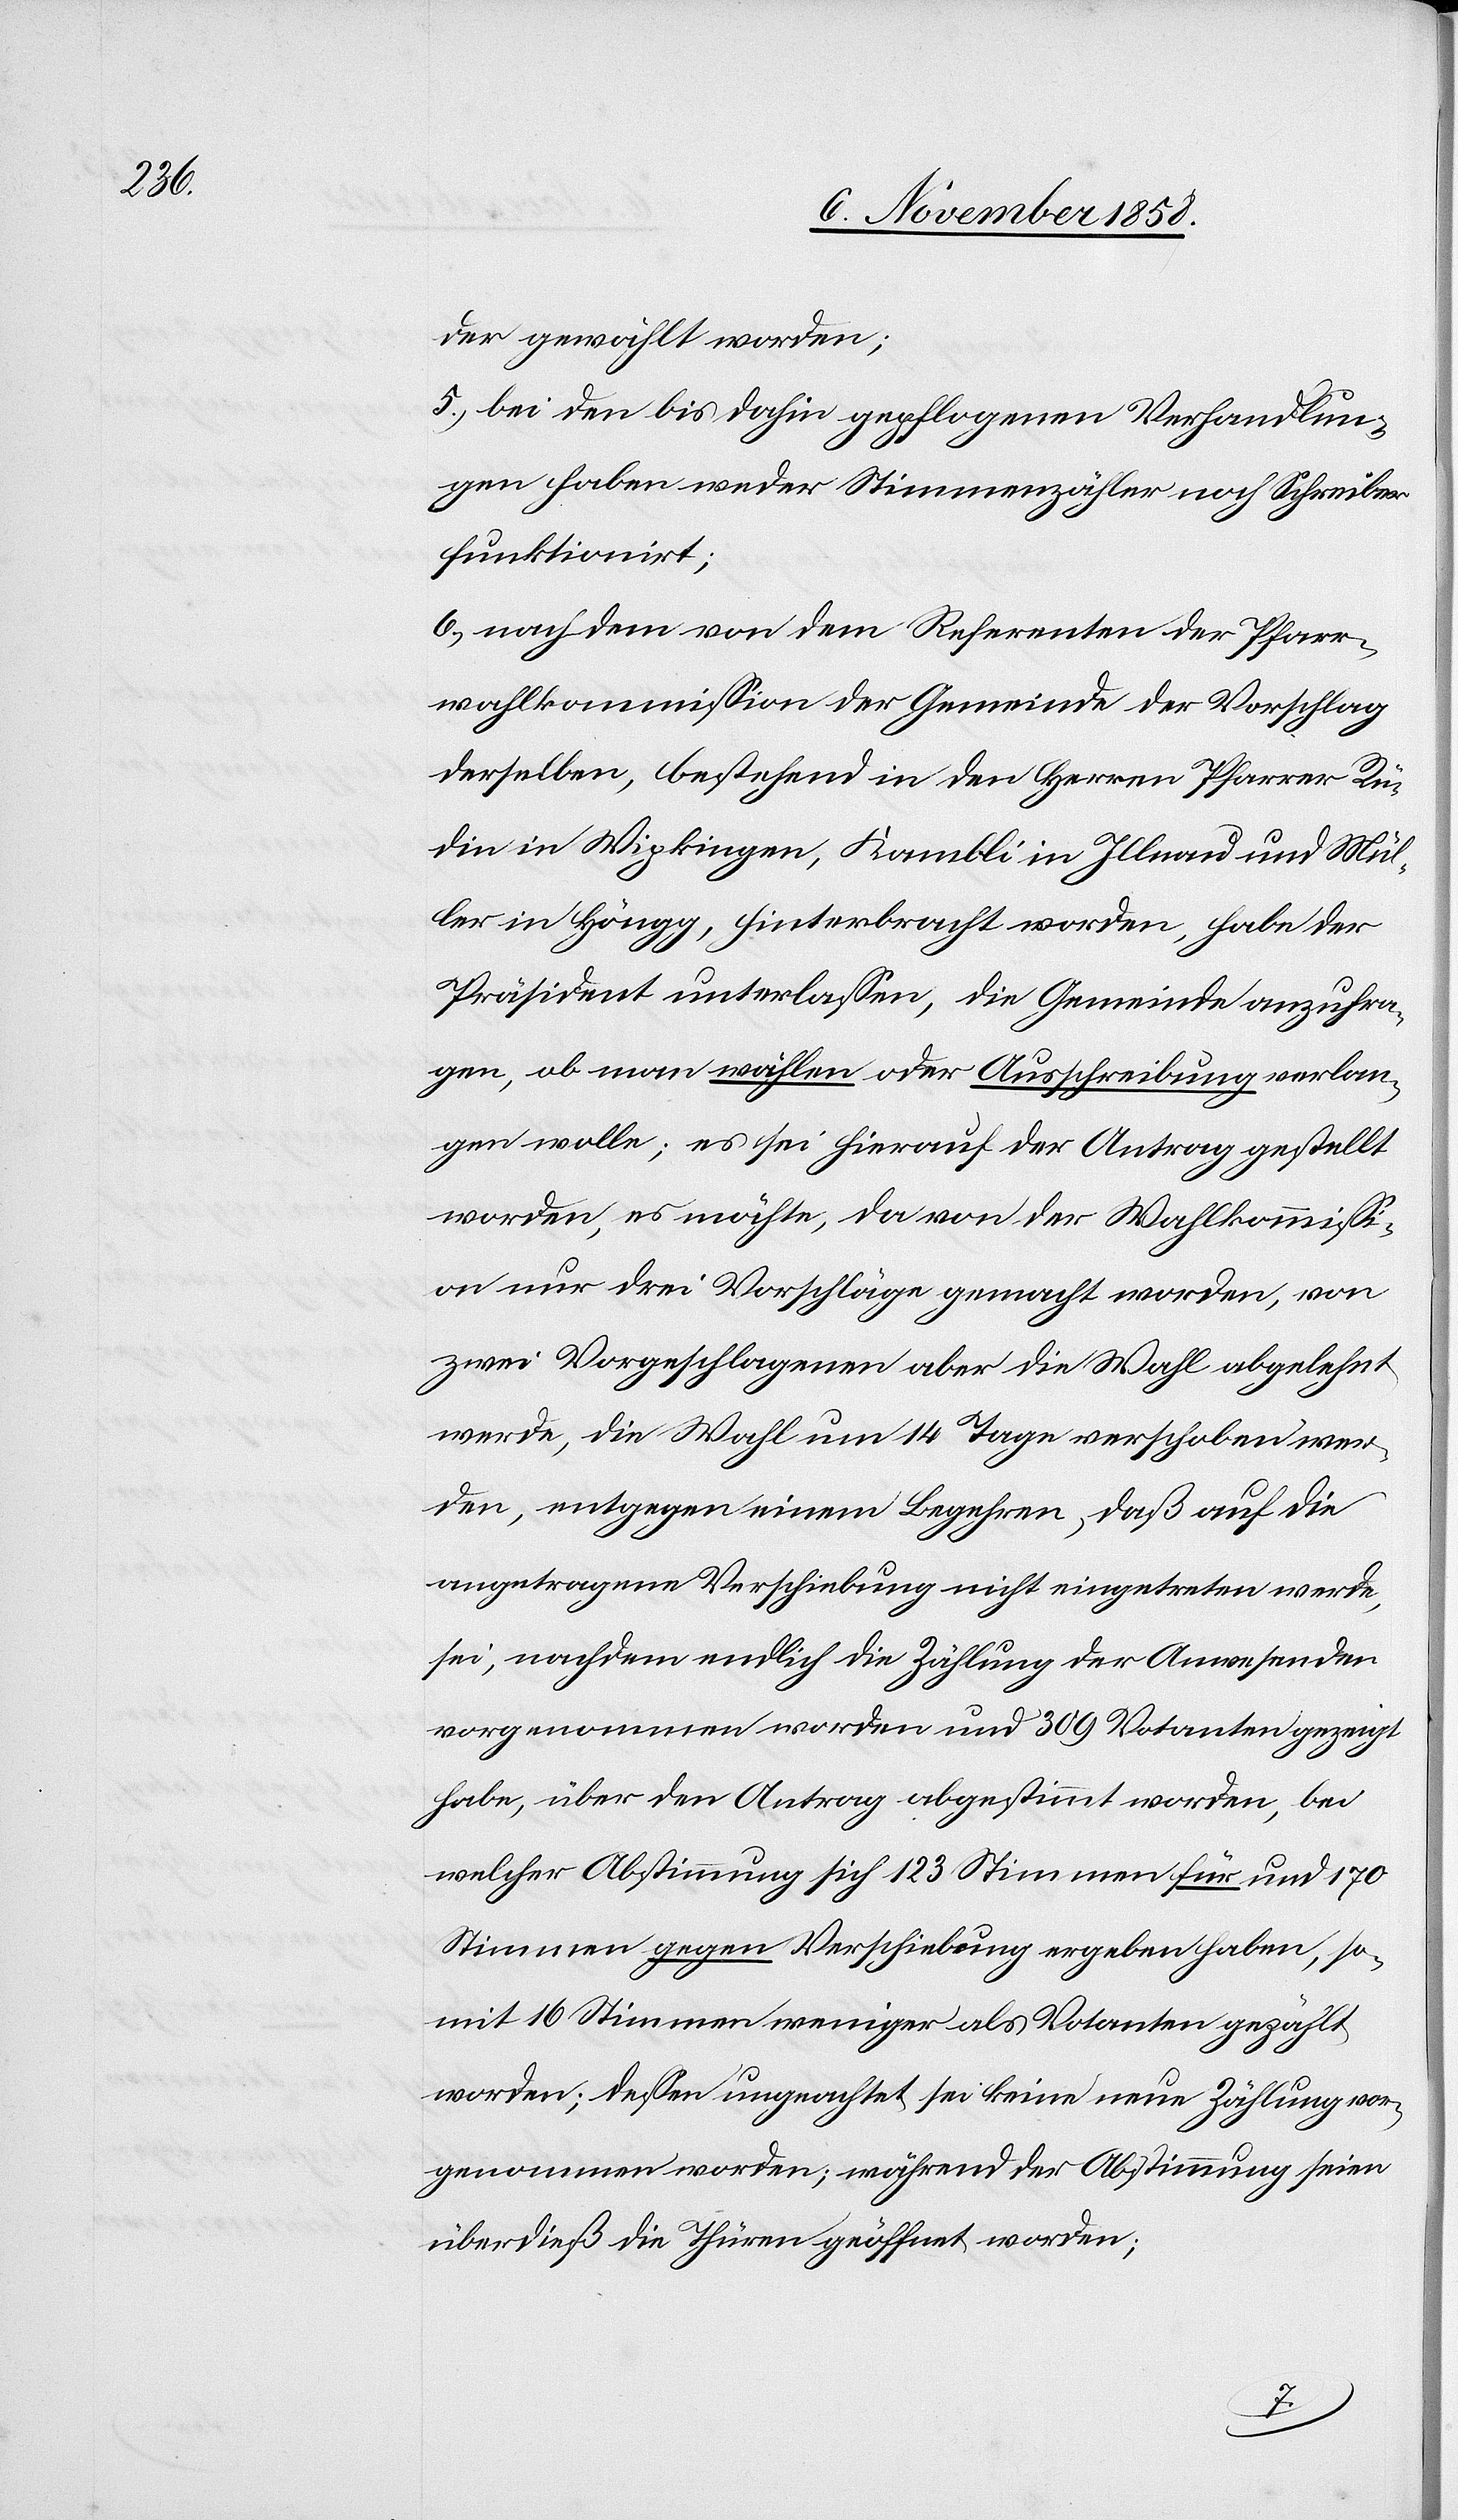
der gewählt worden;
5.) bei den bis dahin gepflogenen Verhandlun¬
gen haben weder Stimmenzähler noch Schreiber
funktionirt;
6.) nachdem von dem Referenten der Pfarr¬
wahlkommission der Gemeinde der Vorschlag
derselben, bestehend in den Herren Pfarrer Rü¬
din in Wipkingen, Kambli in Illnau und Mül¬
ler in Höngg, hinterbracht worden, habe der
Präsident unterlassen, die Gemeinde anzufra¬
gen, ob man wählen oder Ausschreibung verlan¬
gen wolle; es sei hierauf der Antrag gestellt
worden, es möchte, da von der Wahlkommiss¬
ion nur drei Vorschläge gemacht worden, von
zwei Vorgeschlagenen aber die Wahl abgelehnt
werde, die Wahl um 14 Tage verschoben wer¬
den, entgegen einem Begehren, daß auf die
angetragene Verschiebung nicht eingetreten werde,
sei, nachdem endlich die Zählung der Anwesenden
vorgenommen worden und 309 Votanten gezeigt
habe, über den Antrag abgestimmt worden, bei
welcher Abstimmung sich 123 Stimmen für und 170
Stimmen gegen Verschiebung ergeben haben, so¬
mit 16 Stimmen weniger als Votanten gezählt
worden; dessen ungeachtet sei keine neue Zählung vor¬
genommen worden; während der Abstimmung seien
überdieß die Thüren geöffnet worden;